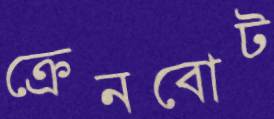
ক্রেনবোট